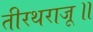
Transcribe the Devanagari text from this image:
तीरथराजू॥